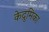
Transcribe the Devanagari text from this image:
केद्रुमिका